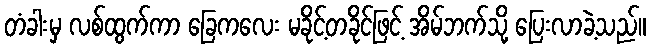
တံခါးမှ လစ်ထွက်ကာ ခြေကလေး မခိုင့်တခိုင်ဖြင့် အိမ်ဘက်သို့ ပြေးလာခဲ့သည်။